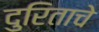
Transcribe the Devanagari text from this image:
दुरिताचे